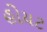
હોયટ